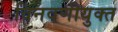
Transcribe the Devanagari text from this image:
विनवणीयुक्त